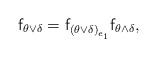
LaTeX: \begin{align*}\mathsf{f}_{\theta\vee\delta}=\mathsf{f}_{\left(\theta\vee\delta\right)_{e_{1}}}\mathsf{f}_{\theta\wedge\delta},\end{align*}